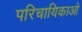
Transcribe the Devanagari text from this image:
परिचायिकाओ